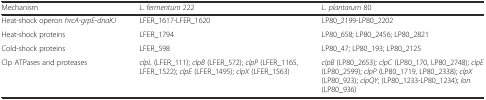
<table><thead><tr><td><b>Mechanism</b></td><td><b><i>L. fermentum</i> 222</b></td><td><b><i>L. plantarum</i> 80</b></td></tr></thead><tbody><tr><td>Heat-shock operon <i>hrcA-grpE-dnaKJ</i></td><td>LFER_1617-LFER_1620</td><td>LP80_2199-LP80_2202</td></tr><tr><td>Heat-shock proteins</td><td>LFER_1794</td><td>LP80_658; LP80_2456; LP80_2821</td></tr><tr><td>Cold-shock proteins</td><td>LFER_598</td><td>LP80_47; LP80_193; LP80_2125</td></tr><tr><td>Clp ATPases and proteases</td><td><i>clpL</i> (LFER_111); <i>clpB</i> (LFER_572); <i>clpP</i> (LFER_1165, LFER_1522); <i>clpE</i> (LFER_1495); <i>clpX</i> (LFER_1563)</td><td><i>clpB</i> (LP80_2653); <i>clpC</i> (LP80_170, LP80_2748); <i>clpE</i> (LP80_2599); <i>clpP</i> (LP80_1719, LP80_2338); <i>clpX</i> (LP80_923); <i>clpQY</i>; (LP80_1233-LP80_1234); <i>lon</i> (LP80_936)</td></tr></tbody></table>